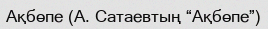
Ақбөпе (А. Сатаевтың “Ақбөпе”)